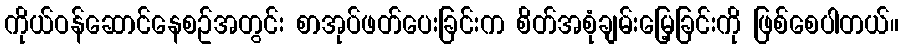
ကိုယ်ဝန်ဆောင်နေစဥ်အတွင်း စာအုပ်ဖတ်ပေးခြင်းက စိတ်အစုံချမ်းမြေ့ခြင်းကို ဖြစ်စေပါတယ်။